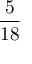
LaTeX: \frac { 5 } { 1 8 }